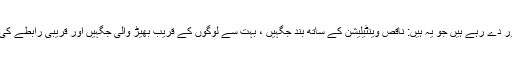
“ہم تینوں Cs سے پرہیز کرنے پر زور دے رہے ہیں جو یہ ہیں: ناقص وینٹیلیشن کے ساتھ بند جگہیں ، بہت سے لوگوں کے قریب بھیڑ والی جگہیں اور قریبی رابطے کی ترتیبات ، جیسے قریب فاصلہ گفتگو۔